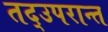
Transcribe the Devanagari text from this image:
तद्उपरान्त